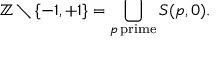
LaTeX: \mathbb { Z } \setminus \{ - 1 , + 1 \} = \bigcup _ { p \mathrm { \, p r i m e } } S ( p , 0 ) .